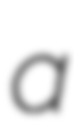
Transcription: a